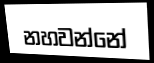
නහවන්නේ